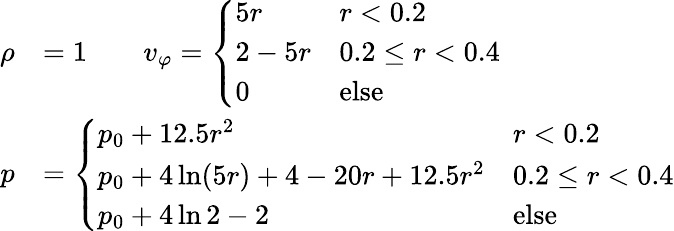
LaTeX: \begin{array}{rl}{\rho}&{=1\qquad v_{\varphi}=\left\{ \begin{array}{ll}{5r}&{r<0.2}\\ {2-5r}&{0.2\leq r<0.4}\\ {0}&{\mathrm{else}}\end{array}\right.}\\ {p}&{=\left\{ \begin{array}{ll}{p_{0}+12.5r^{2}}&{r<0.2}\\ {p_{0}+4\ln(5r)+4-20r+12.5r^{2}}&{0.2\leq r<0.4}\\ {p_{0}+4\ln 2-2}&{\mathrm{else}}\end{array}\right.}\end{array}